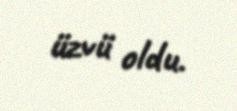
üzvü oldu.